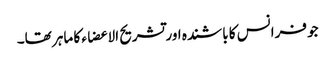
جو فرانس کا باشندہ اور تشریح الا عضاء کا ماہر تھا۔